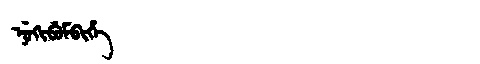
Manchu: ᠨᡠᡴᡳᠪᡠᠮᠪᡳᡥᡝ
Romanization: NUKIBUMBIHE